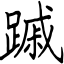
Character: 䠞